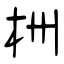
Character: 栦